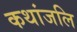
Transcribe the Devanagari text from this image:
कथांजलि